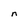
Character: n